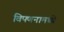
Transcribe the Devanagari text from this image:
विपणनामध्ये